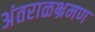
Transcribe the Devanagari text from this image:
अंतराळभ्रमण